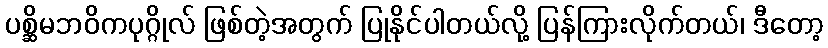
ပစ္ဆိမဘဝိကပုဂ္ဂိုလ် ဖြစ်တဲ့အတွက် ပြုနိုင်ပါတယ်လို့ ပြန်ကြားလိုက်တယ်၊ ဒီတော့